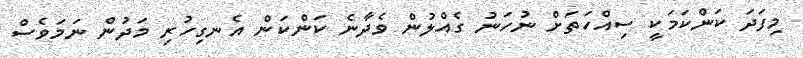
މިފަދަ ކަންކަމަކީ ސިއްހަތަށް ނުހަނު ގެއްލުން ވެދާނެ ކަންކަން އެނގިހުރި މަދުން ނަމަވެސް